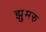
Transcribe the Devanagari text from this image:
झुमरु